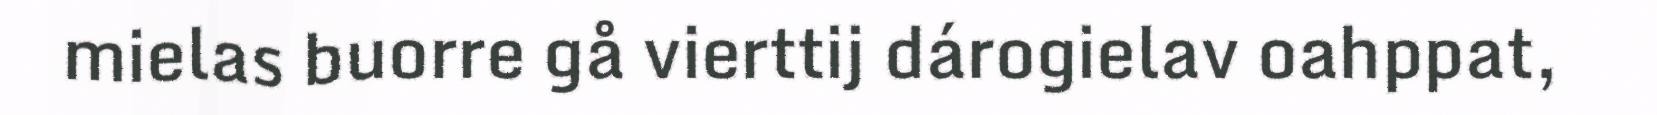
mielas buorre gå vierttij dárogielav oahppat,